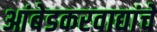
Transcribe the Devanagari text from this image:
आंबेडकरवाद्यांचे